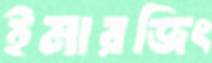
ইমারজিং